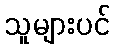
သူများပင်